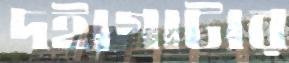
দইগোটার